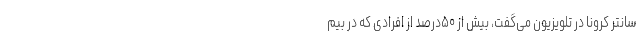
سانتر کرونا در تلویزیون می‌گفت، بیش از ۵۰درصد از افرادی که در بیم